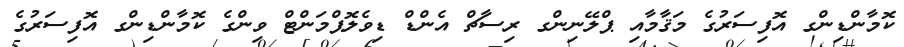
ކޮމާންޑިންގ އޮފިސަރުގެ މަޤާމާއި ޕްލޭނިންގ ރިސާޗް އެންޑް ޑިވެލޮޕްމަންޓް ވިންގެ ކޮމާންޑިންގ އޮފިސަރުގެ